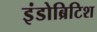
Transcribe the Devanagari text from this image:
इंडोब्रिटिश